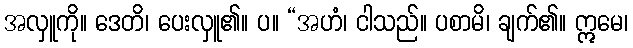
အလှူကို။ ဒေတိ၊ ပေးလှူ၏။ ပ။ “အဟံ၊ ငါသည်။ ပစာမိ၊ ချက်၏။ ဣမေ၊